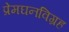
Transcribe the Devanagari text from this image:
प्रेमघनविग्रह